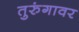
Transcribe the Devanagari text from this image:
तुरुंगावर